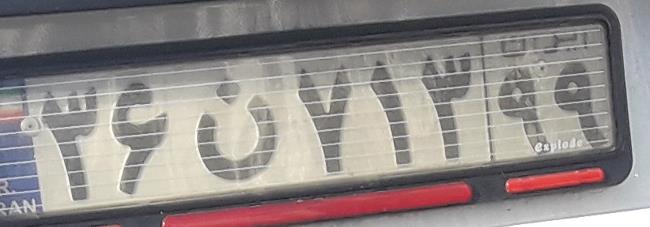
۳۶ن۷۱۳۹۹